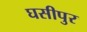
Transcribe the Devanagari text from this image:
घसीपुर